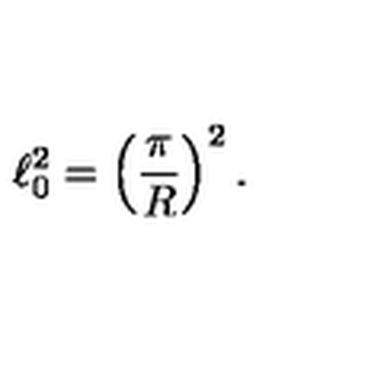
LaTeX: \ell _ { 0 } ^ { 2 } = \left( \frac { \pi } { R } \right) ^ { 2 } .